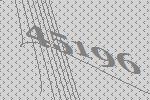
45196